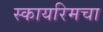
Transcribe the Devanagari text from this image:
स्कायरिमचा